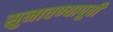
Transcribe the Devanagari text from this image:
सुनावण्यापूर्वी